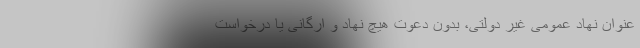
عنوان نهاد عمومی غیر دولتی، بدون دعوت هیچ نهاد و ارگانی یا درخواست